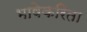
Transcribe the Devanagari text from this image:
भाषेकरिता